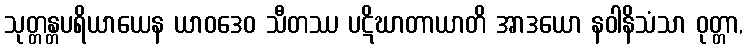
သုတ္တန္တပရိယာယေန ယာဝဒေဝ သီတဿ ပဋိဃာတာယာတိ အာဒယော နဝါနိသံသာ ဝုတ္တာ,